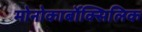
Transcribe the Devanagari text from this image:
मोनोकार्बोक्सिलिक